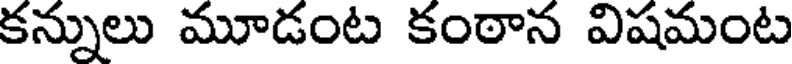
కన్నులు మూడంట కంఠాన విషమంట